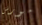
مورس